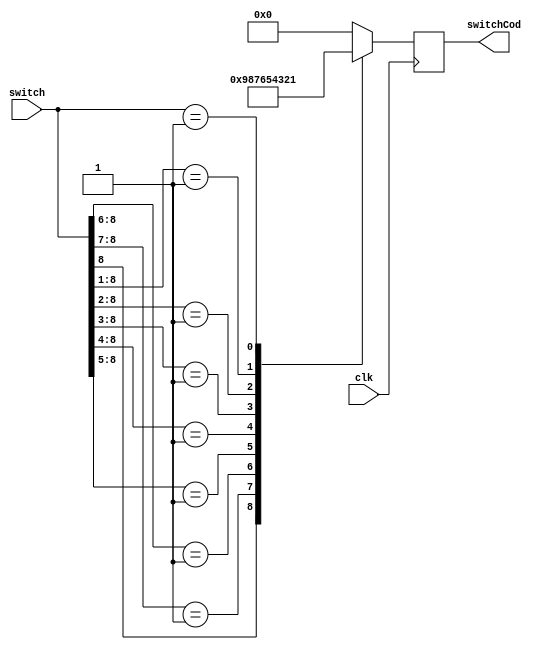
module CodificadorSwitch(
	input wire clk,
	input wire [8:0] switch,
	output reg [3:0] switchCod
);

	always @ (posedge clk) begin
		// codificador switchs (com ordem de prioridade)
		casex (switch)
			9'b1xxxxxxxx: switchCod = 4'd9;
			9'b01xxxxxxx: switchCod = 4'd8;
			9'b001xxxxxx: switchCod = 4'd7;
			9'b0001xxxxx: switchCod = 4'd6;
			9'b00001xxxx: switchCod = 4'd5;
			9'b000001xxx: switchCod = 4'd4;
			9'b0000001xx: switchCod = 4'd3;
			9'b00000001x: switchCod = 4'd2;
			9'b000000001: switchCod = 4'd1;
			default: switchCod = 4'd0;
		endcase
	end

endmodule